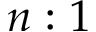
n : 1